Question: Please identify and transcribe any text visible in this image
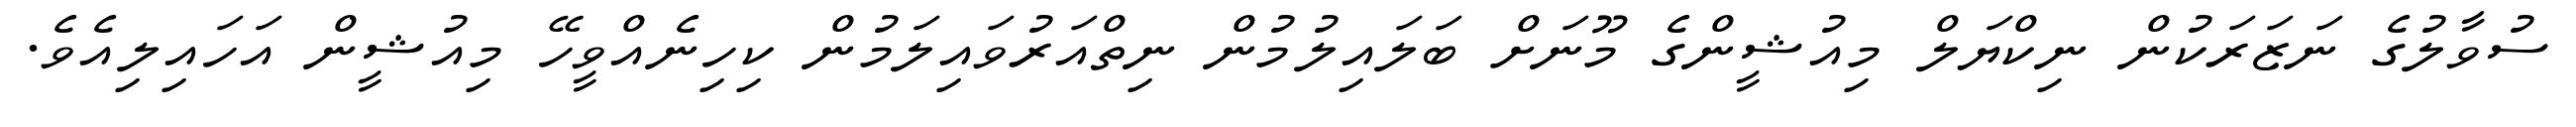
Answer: ސުވާލުގެ ނަޒަރަކުން ނިކްޔަލް މިއުޝީންގެ މޫނަށް ބަލައިލުމުން ނިތްއަރުވައިލަމުން ކިހިނެއްވީހޭ މިއުޝީން އަހައިލިއެވެ.